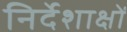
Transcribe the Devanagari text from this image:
निर्देशाक्षों